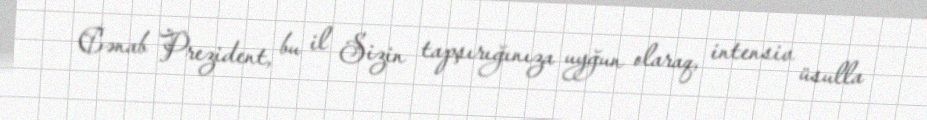
Cənab Prezident, bu il Sizin tapşırığınıza uyğun olaraq, intensiv üsulla